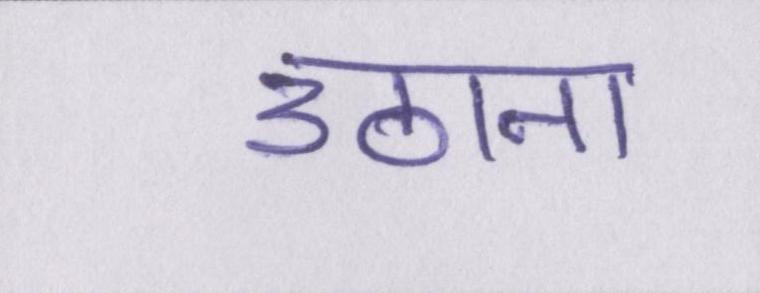
उठाना